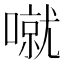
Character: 噈